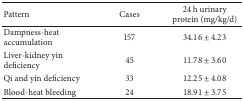
<table><thead><tr><td><b>Pattern</b></td><td><b>Cases</b></td><td><b>24 h urinary protein (mg/kg/d)</b></td></tr></thead><tbody><tr><td>Dampness-heat accumulation</td><td>157</td><td>34.16 ± 4.23</td></tr><tr><td>Liver-kidney yin deficiency</td><td>45</td><td>11.78 ± 3.60</td></tr><tr><td>Qi and yin deficiency</td><td>33</td><td>12.25 ± 4.08</td></tr><tr><td>Blood-heat bleeding</td><td>24</td><td>18.91 ± 3.75</td></tr></tbody></table>